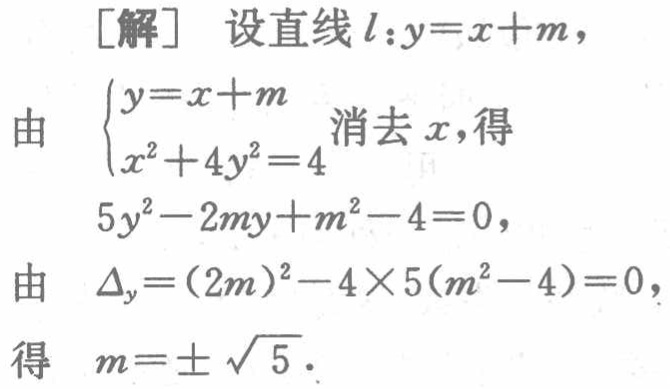
[解] 设直线\(l:y = x + m\)，

由\(\begin{cases}y = x + m\\x^{2}+4y^{2}=4\end{cases}\)消去\(x\)，得

\(5y^{2}-2my + m^{2}-4 = 0\)，

由\(\Delta_y=(2m)^{2}-4\times5(m^{2}-4)=0\)，

得 \(m = \pm\sqrt{5}\)。